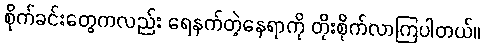
စိုက်ခင်းတွေကလည်း ရေနက်တဲ့နေရာကို တိုးစိုက်လာကြပါတယ်။